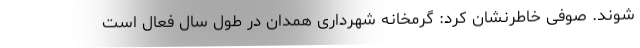
شوند. صوفی خاطرنشان کرد: گرمخانه شهرداری همدان در طول سال فعال است